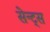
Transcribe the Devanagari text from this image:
सेन्ट्स